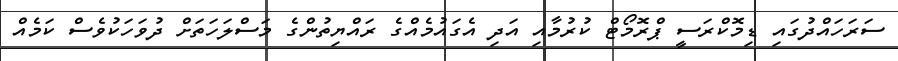
ސަރަހައްދުގައި ޑިމޮކްރަސީ ޕްރޮމޯޓް ކުރުމާއި އަދި އެގައުމެއްގެ ރައްޔިތުންގެ މަސްލަހަތަށް ދުވަހަކުވެސް ކަމެއް